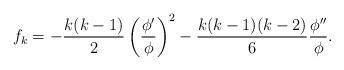
LaTeX: \begin{align*}f_k=-\frac{k(k-1)}{2}\left(\frac{\phi'}{\phi}\right)^2-\frac{k(k-1)(k-2)}{6}\frac{\phi''}{\phi}.\end{align*}